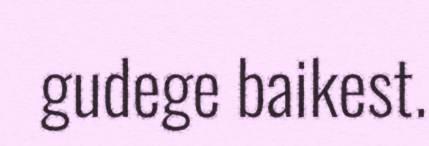
gudege baikest.